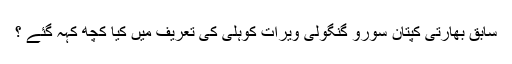
سابق بھارتی کپتان سورو گنگولی ویرات کوہلی کی تعریف میں کیا کچھ کہہ گئے ؟